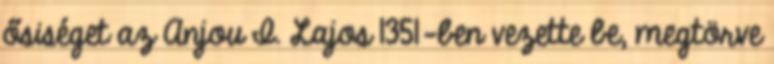
ősiséget az Anjou I. Lajos 1351-ben vezette be, megtörve